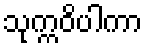
သုက္ကဝိပါကာ